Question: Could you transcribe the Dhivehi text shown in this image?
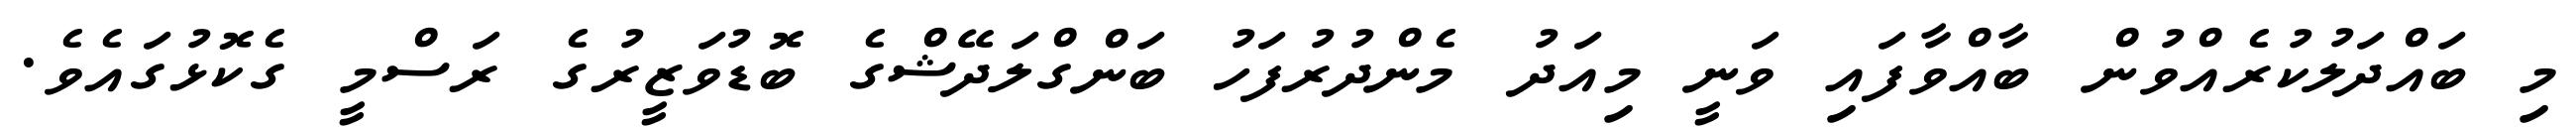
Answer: މި ބައްދަލުކުރެއްވުން ބާއްވާފައި ވަނީ މިއަދު މެންދުރުފަހު ބަންގްލަދޭޝްގެ ބޮޑުވަޒީރުގެ ރަސްމީ ގެކޮޅުގައެވެ.